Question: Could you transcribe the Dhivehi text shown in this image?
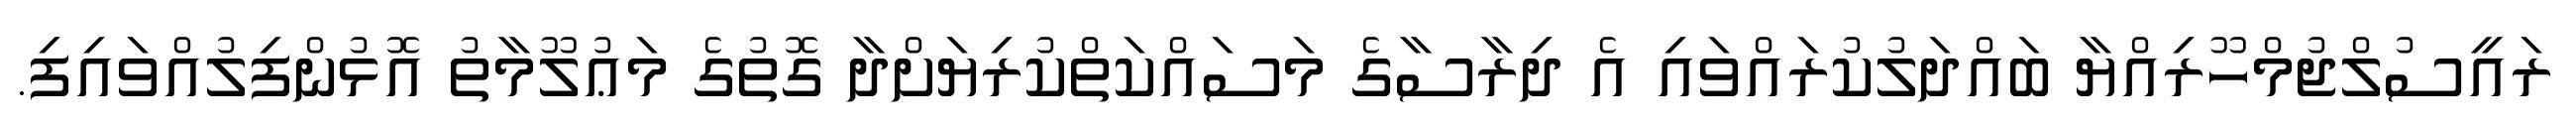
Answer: ރައީސުލްޖުމްހޫރިއްޔާ ބައްދަލުކުރައްވައި އެ ދިރާސާގެ މަސައްކަތްކުރިޔަށްދާ ގޮތުގެ މަޢުލޫމާތު އޮޅުންފިލުއްވައިފި.